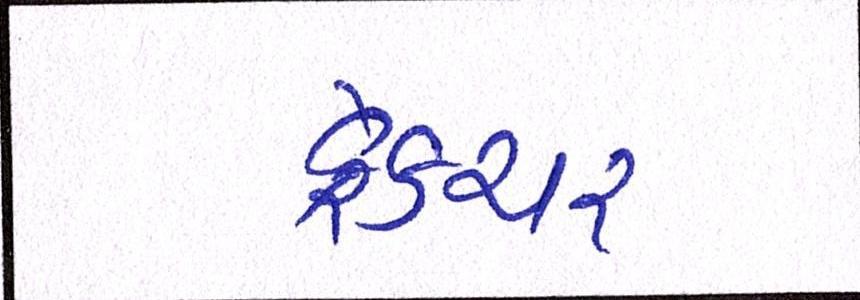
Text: ફ્રેક્ચર